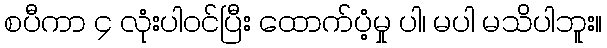
စပီကာ ၄ လုံးပါဝင်ပြီး ထောက်ပံ့မှု ပါ၊ မပါ မသိပါဘူး။